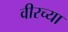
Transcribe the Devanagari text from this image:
वीरच्या